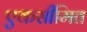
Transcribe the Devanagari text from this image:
एकसीमित